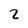
Character: 2